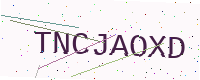
Text: TNCJAOXD